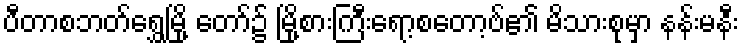
ပီတာစဘတ်ရွှေမြို့ တော်၌ မြို့စားကြီးရော့စတော့ဗ်၏ မိသားစုမှာ နန်းမနီး